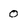
Character: 0